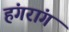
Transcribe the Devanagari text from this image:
हंगरांग